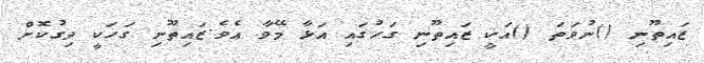
ޒައިތޫނި ()ނުވަތަ ()އަކީ ޒައިތޫނި ގަހުގައި އަޅާ މޭވާ އެވެ.ޒައިތޫނި ގަހަކީ ދިގުކޮށް